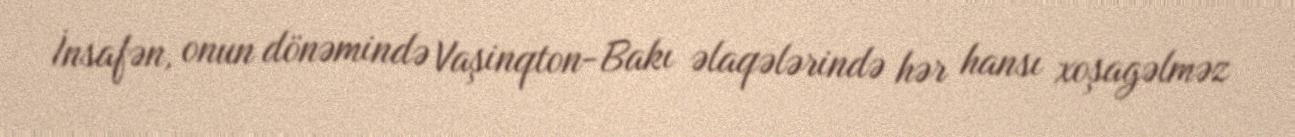
İnsafən, onun dönəmində Vaşinqton-Bakı əlaqələrində hər hansı xoşagəlməz